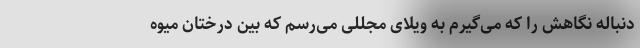
دنباله نگاهش را که می‌گیرم به ویلای مجللی می‌رسم که بین درختان میوه